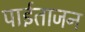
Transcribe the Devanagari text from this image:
पाईताजन